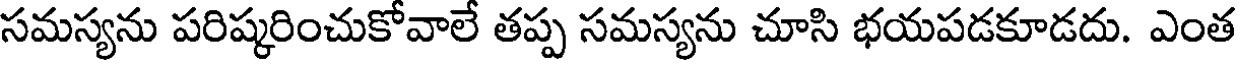
సమస్యను పరిష్కరించుకోవాలే తప్ప సమస్యను చూసి భయపడకూడదు. ఎంత